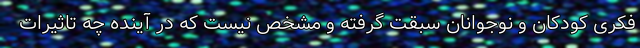
فکری کودکان و نوجوانان سبقت گرفته‌ و مشخص نیست که در آینده چه تاثیرات